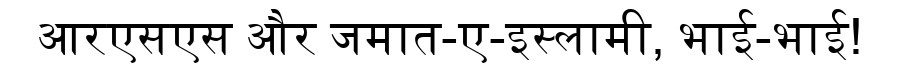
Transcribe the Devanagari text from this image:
आरएसएस और जमात-ए-इस्लामी, भाई-भाई!